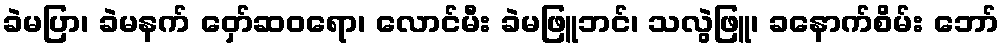
ခဲမပြာ၊ ခဲမနက် ဝှော်ဆဝရော၊ လောင်မီး ခဲမဖြူဘင်၊ သလွဲဖြူ၊ ခနောက်စိမ်း ဘော်